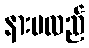
နားမလည်